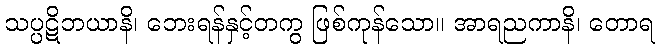
သပ္ပဋိဘယာနိ၊ ဘေးရန်နှင့်တကွ ဖြစ်ကုန်သော။ အာရညကာနိ၊ တောရ